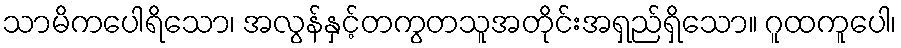
သာမိကပေါရိသော၊ အလွန်နှင့်တကွတသူအတိုင်းအရှည်ရှိသော။ ဂူထကူပေါ၊